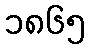
၁၈၆၅